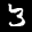
Label: 3